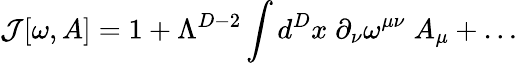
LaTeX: {\cal J}[\omega,A]=1+\Lambda^{D-2}\int d^{D}x\; \partial_{\nu}\omega^{\mu\nu}\; A_{\mu}+\ldots